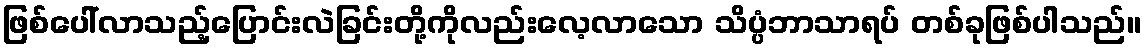
ဖြစ်ပေါ်လာသည့်ပြောင်းလဲခြင်းတို့ကိုလည်းလေ့လာသော သိပ္ပံဘာသာရပ် တစ်ခုဖြစ်ပါသည်။